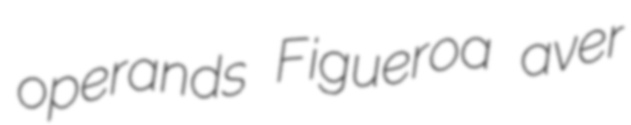
operands Figueroa aver